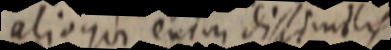
alioqui enim dissimilis